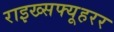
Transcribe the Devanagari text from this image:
राइख्सफ्यूहरर